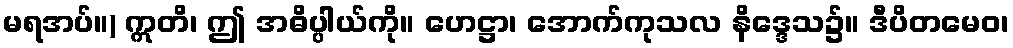
မရအပ်။) ဣတိ၊ ဤ အဓိပ္ပါယ်ကို။ ဟေဋ္ဌာ၊ အောက်ကုသလ နိဒ္ဒေသ၌။ ဒီပိတမေဝ၊